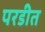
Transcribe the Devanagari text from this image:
परडीत